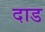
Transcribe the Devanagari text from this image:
दाड